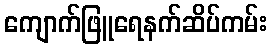
ကျောက်ဖြူရေနက်ဆိပ်ကမ်း